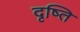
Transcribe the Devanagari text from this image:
दृष्ति